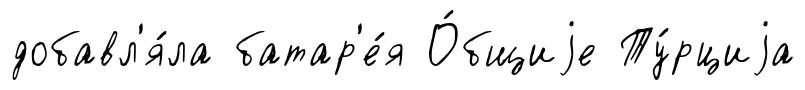
добавл'я́ла батар'е́я О́бщиjе Ту́рциjа